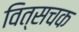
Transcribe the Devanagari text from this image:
वित्सचक